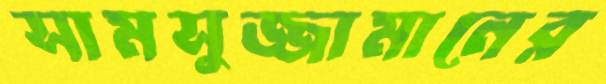
সামসুজ্জামানের